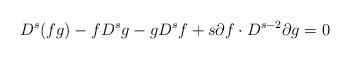
LaTeX: \begin{align*}D^s(fg) - fD^s g - gD^s f + s \partial f \cdot D^{s-2} \partial g =0\end{align*}